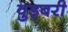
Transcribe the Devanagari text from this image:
वुड्बरी